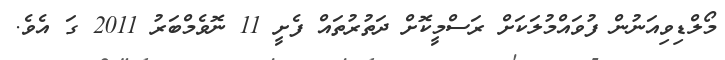
މޯލްޑިވިއަނުން ފުވައްމުލަކަށް ރަސްމީކޮށް ދަތުރުތައް ފެށީ 11 ނޮވެމްބަރު 2011 ގަ އެވެ.